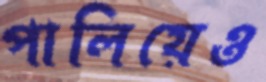
পালিয়েও